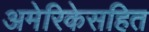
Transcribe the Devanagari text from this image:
अमेरिकेसहित